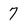
Character: 7